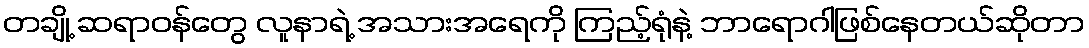
တချို့ ဆရာဝန်တွေ လူနာရဲ့ အသားအရေကို ကြည့်ရုံနဲ့ ဘာရောဂါဖြစ်နေတယ်ဆိုတာ